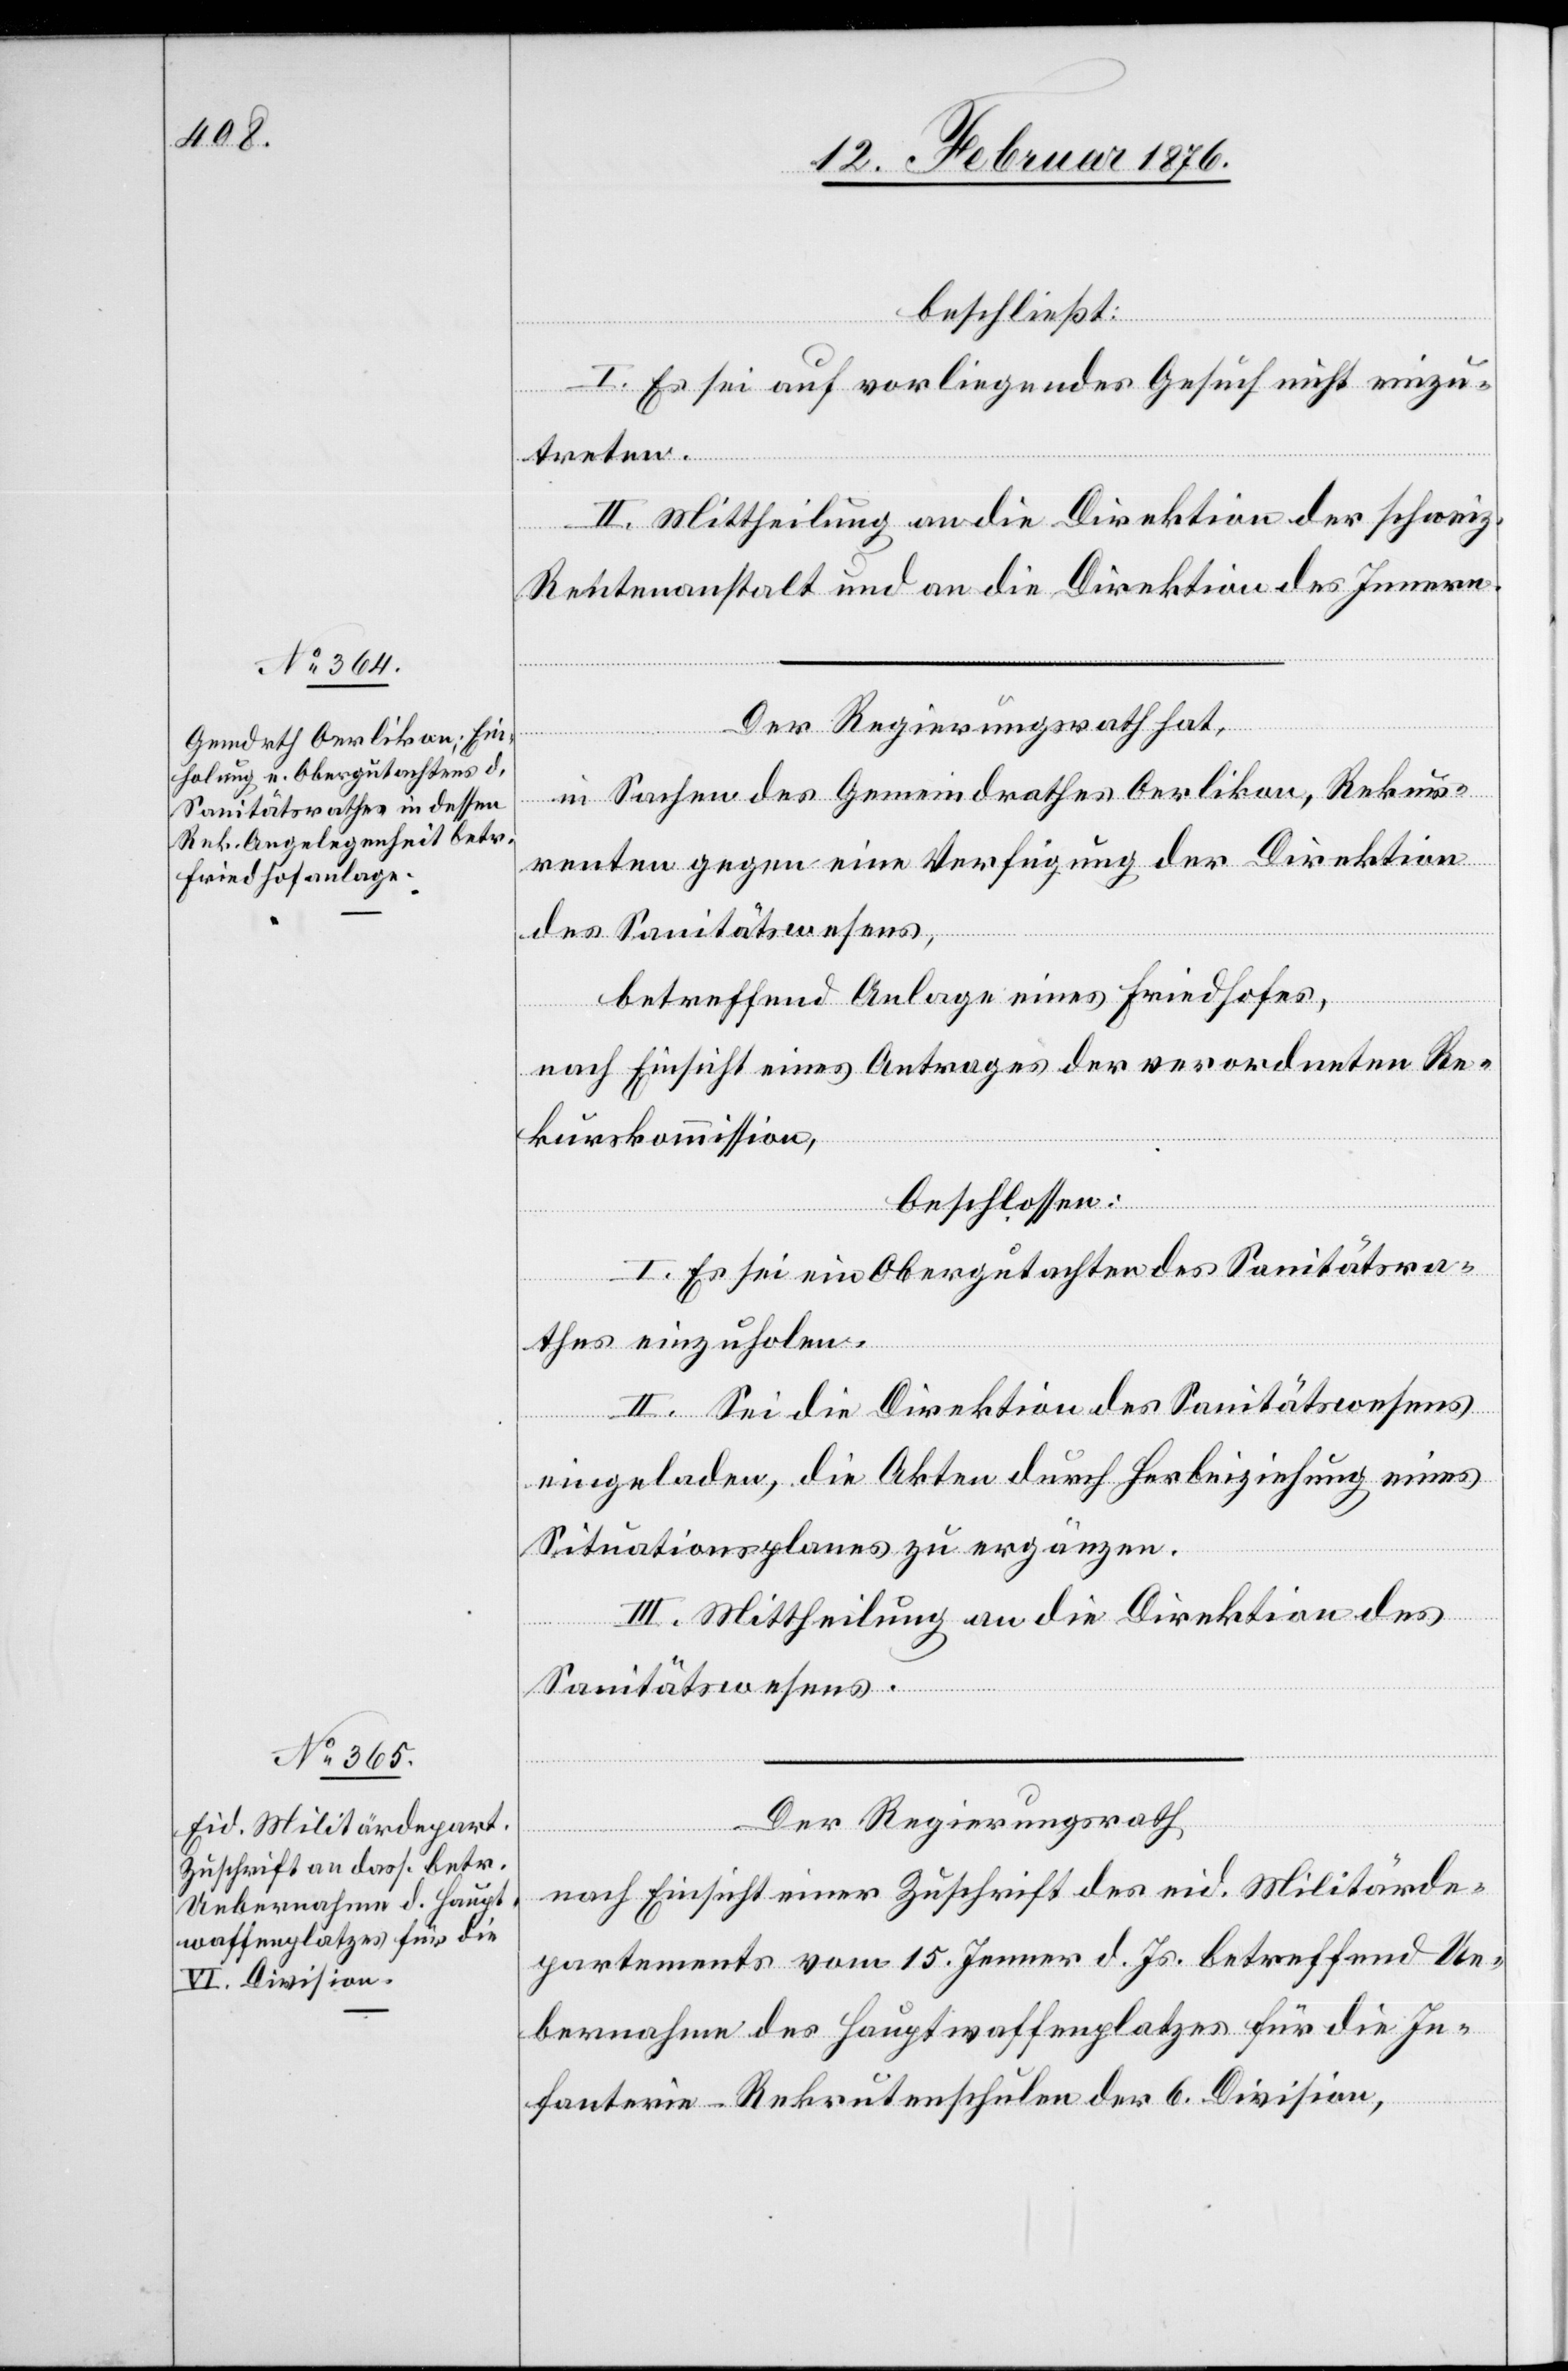
beschließt:
I. Es sei auf vorliegendes Gesuch nicht einzu¬
treten.
II. Mittheilung an die Direktion der schweize¬
Rentenanstalt und die Direktion des Innern.
Der Regierungsrath hat,
in Sachen des Gemeindrathes Oerlikon, Rekur¬
renten gegen eine Verfügung der Direktion
des Sanitätswesens,
betreffend Anlage eines Friedhofes,
nach Einsicht eines Antrages der verordneten Re¬
kurskommission,
beschlossen:
I. Es sei ein Obergutachten des Sanitätsra¬
thes einzuholen.
II. Sei die Direktion des Sanitätswesens
eingeladen, die Akten durch Herbeiziehung eines
Situationsplanes zu ergänzen.
III. Mittheilung an die Direktion des
Sanitätswesens.
Der Regierungsrath
rischen
nach Einsicht einer Zuschrift des eid. Militärde¬
partements vom 15. Januar d. Js. betreffend Ue¬
bernahme des Hauptwaffenplatzes für die In¬
fanterie-Rekrutenschulen der 6. Division,